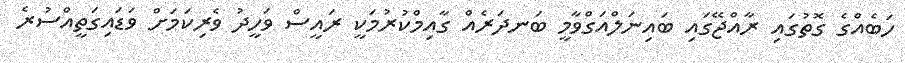
ހަބެއްގެ ގޮތުގައި ރާއްޖޭގައި ބައިނަލްއަގްވާމީ ބަނދަރެއް ގާއިމްކުރުމަކީ ރައީސް ވަހީދު ވެރިކަމަށް ވަޑައިގަތީއްސުރެ